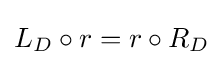
L_{D}\circ r=r\circ R_{D}